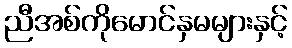
ညီအစ်ကိုမောင်နှမများနှင့်